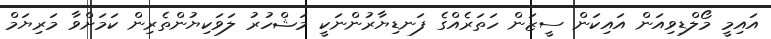
އައިމީ މޯލްޑިވިއަން އައިކަން ސީޒަން ހަތަރެއްގެ ފަނޑިޔާރުންނަކީ މަޝްހުރު ލަވަކިޔުންތެރިން ކަމަށްވާ މަރިޔަމް